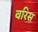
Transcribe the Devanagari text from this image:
वरिस